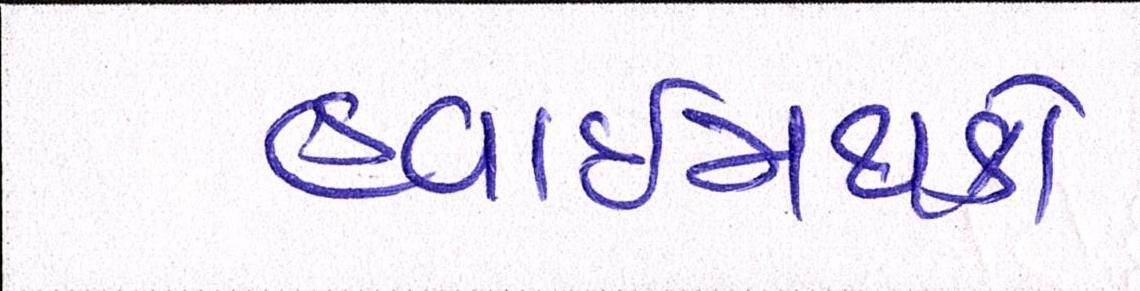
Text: હવાઈમથકો